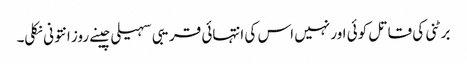
برٹنی کی قاتل کوئی اور نہیں اس کی انتہائی قریبی سہیلی چینے روز انتونی نکلی۔